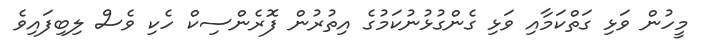
މީހުން ވަޅި ގަތްކަމާއި ވަޅި ގެންގުޅުނުކަމުގެ އިތުރުން ފޮރެންސިކް ހެކި ވެސް ލިބިފައިވެ